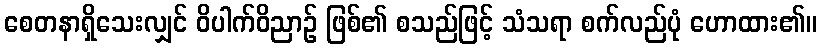
စေတနာရှိသေးလျှင် ဝိပါက်ဝိညာဉ် ဖြစ်၏ စသည်ဖြင့် သံသရာ စက်လည်ပုံ ဟောထား၏။